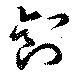
釗